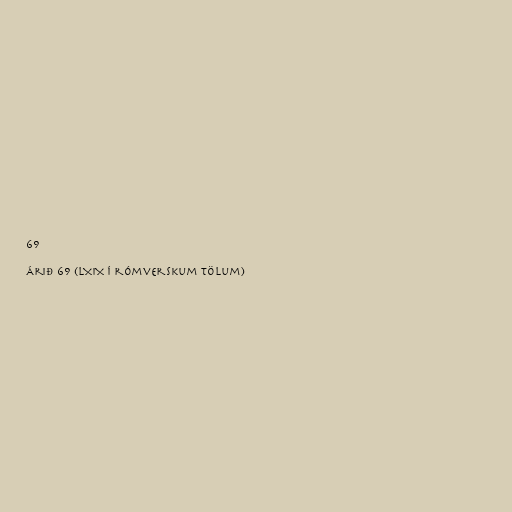
69

Árið 69 (LXIX í rómverskum tölum)